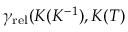
\gamma _ { \mathrm { r e l } } ( K ( K ^ { - 1 } ) , K ( T )